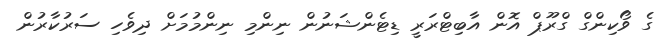
ގެ ވޯކިންގް ގްރޫޕް އޮން އާބިޓްރަރީ ޑިޓެންޝަނުން ނިންމި ނިންމުމަށް ދިވެހި ސަރުކާރުން